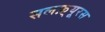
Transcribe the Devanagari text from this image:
सलफ़्यूरस